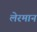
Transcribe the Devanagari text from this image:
लेरमान